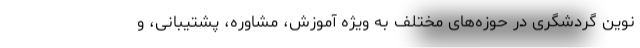
نوین گردشگری در حوزه‌های مختلف به ویژه آموزش، مشاوره، پشتیبانی، و